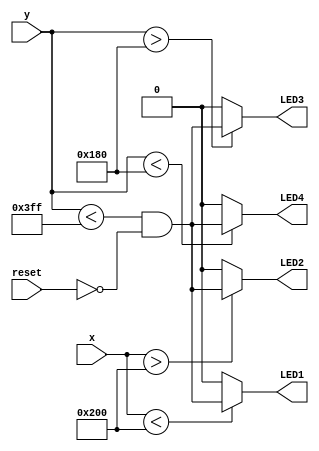
`default_nettype none
module xy_leds(
    input wire [9:0] x,
    input wire [9:0] y,
    input wire reset,
    output wire LED1,
    output wire LED2,
    output wire LED3,
    output wire LED4
);

    localparam MID_X = 1024 / 2 ;
    localparam MID_Y = 768 / 2;

    wire data_ok;
    assign data_ok = (y < 1023) && ~reset; // y is 1023 if no blob found

    /*
    4

 3  5  1
    
    2
    */

    assign LED1 = (x < MID_X ) ? data_ok : 0;
    assign LED2 = (x > MID_X ) ? data_ok : 0;

    assign LED3 = (y > MID_Y ) ? data_ok : 0;
    assign LED4 = (y < MID_Y ) ? data_ok : 0;

endmodule